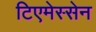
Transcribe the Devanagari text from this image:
टिएमेस्सेन